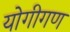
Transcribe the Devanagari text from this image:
योगीगण